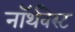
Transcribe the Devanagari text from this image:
नॉर्थवेस्‍ट